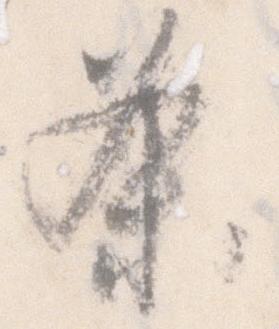
条